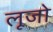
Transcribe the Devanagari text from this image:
लूजो